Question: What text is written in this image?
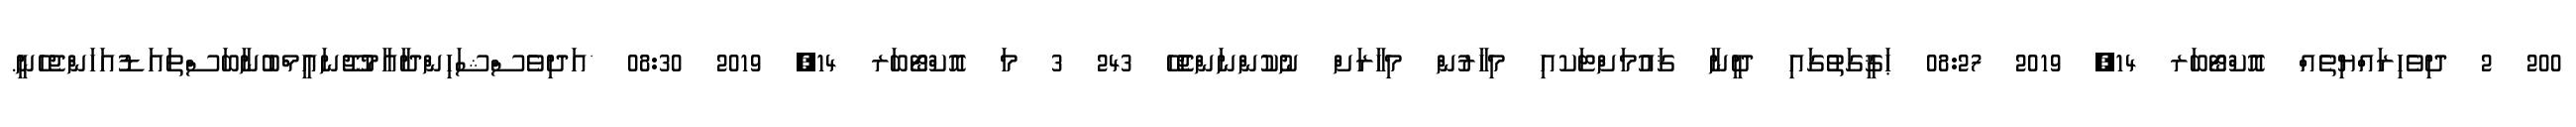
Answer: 200 2 ދިވެހިރައްޔިތެއް އޮކްޓޯބަރ 14, 2019 08:27 ޙަޤީގަތުގައި ދީނާ ޤައުމަށްޓަކއި މިހާރުން މިހާރަށް ނުކުންނަންޖެހޭ 243 3 މަ އޮކްޓޯބަރ 14, 2019 08:30 *އަދިވެސްޝަހިންދާއާމުޖޫނައީމްބުނާބަސްތައަޑުއަހަންޖެހެނީ.